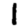
Digit: 1